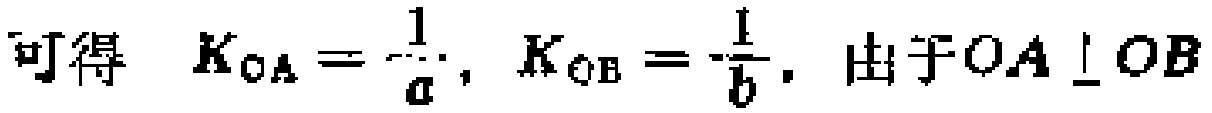
可得 \(K_{OA}=\frac{1}{a}\)，\(K_{OB}=-\frac{1}{b}\)，由于 \(OA\perp OB\)